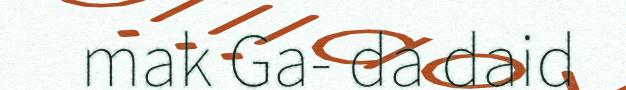
mak Ga- da daid